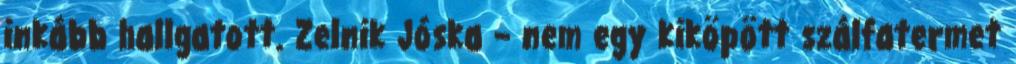
inkább hall­gatott. Zelnik Jóska – nem egy kiköpött szálfatermet